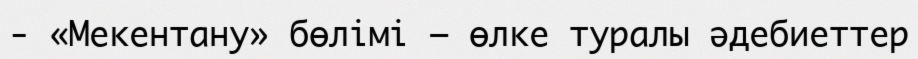
- «Мекентану» бөлімі – өлке туралы әдебиеттер